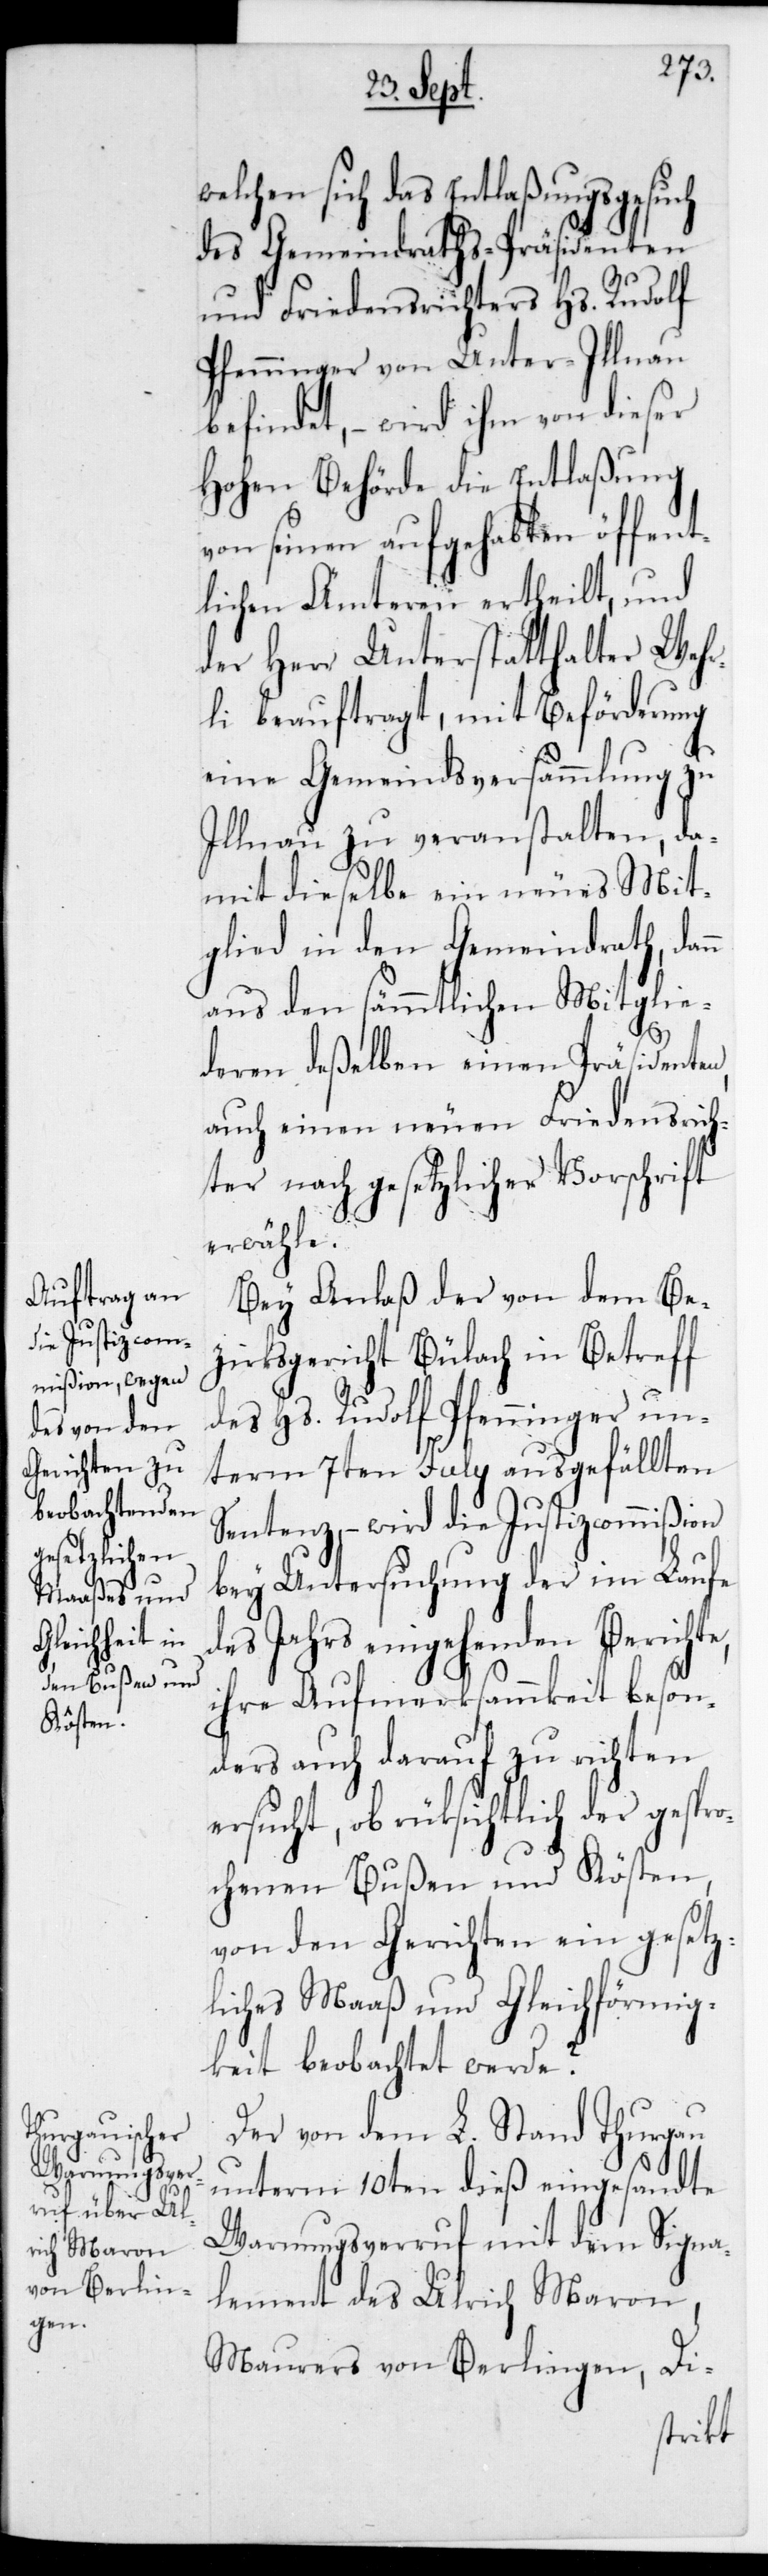
n
welchen sich das Entlaßungsgesuch
des Gemeindraths-Präsidenten
und Friedensrichters Hs. Rudolf
Pfenninger von Unter-Illnau
befindet, – wird ihm von dieser
hohen Behörde die Entlassung
von seinen aufgehabten öffent¬
lichen Ämteren ertheilt, und
der Herr Unterstatthalter Wehr¬
li beauftragt, mit Beförderung
eine Gemeindsversammlung zu
Illnau zu veranstalten, da¬
mit dieselbe ein neues Mit¬
glied in den Gemeindrath, dan¬
aus den sämmtlichen Mitglie¬
deren deßelben einen Präsidenten,
auch einen neuen Friedensrich¬
ter nach gesetzlicher Vorschrift
erwähle.
Bei Anlaß der von dem Be¬
zirksgericht Bülach in Betreff
des Hs. Rudolf Pfenninger un¬
term 7ten July ausgefällten
Sentenz, – wird die Justizcommißion
bey Untersuchung der im Laufe
des Jahrs eingehenden Berichte,
ihre Aufmerksammkeit beson¬
ders auch darauf zu richten
ersucht, ob rücksichtlich der gespro¬
chenen Bußen und Kösten,
von den Gerichten ein gesetz¬
liches Maaß und Gleichförmig¬
keit beobachtet werde?
Der von dem L. Stand Thurgau
unterm 10ten dieß eingesandte
Warnungsverruf mit dem Signa¬
lement des Ulrich Maron,
Maurers von Berlingen,